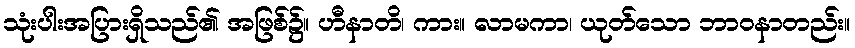
သုံးပါးအပြားရှိသည်၏ အဖြစ်၌။ ဟီနာတိ၊ ကား။ လာမကာ၊ ယုတ်သော ဘာဝနာတည်း။